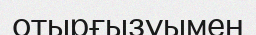
отырғызуымен